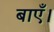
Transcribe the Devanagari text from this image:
बाएँ।